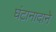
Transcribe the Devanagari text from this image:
घंटानादाने